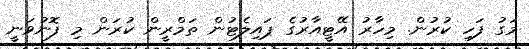
މަގު ފަހި ކުރުން. މިހާރު އޭޓީއާރުގެ ޕައިލެޓުން ތަމްރީން ކުރަން މި ފޮނުވަނީ